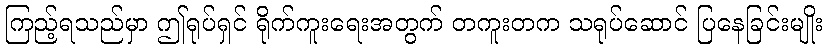
ကြည့်ရသည်မှာ ဤရုပ်ရှင် ရိုက်ကူးရေးအတွက် တကူးတက သရုပ်ဆောင် ပြနေခြင်းမျိုး